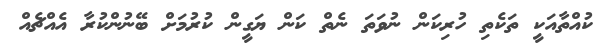
ކުއްތާއަކީ ތަކެތި ހުރިކަން ނުވަތަ ނެތް ކަން ޔަގީން ކުރުމަށް ބޭނުންކުރާ އެއްޗެއް